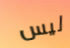
ليس